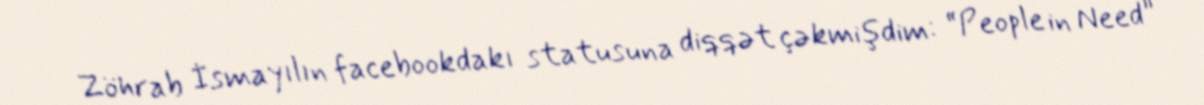
Zöhrab İsmayılın facebookdakı statusuna diqqət çəkmişdim: “People in Need”